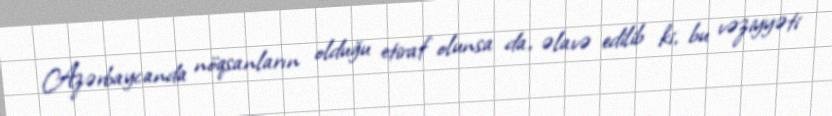
Azərbaycanda nöqsanların olduğu etiraf olunsa da, əlavə edilib ki, bu vəziyyəti